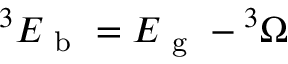
^ 3 E _ { \mathrm { ~ b ~ } } = E _ { \mathrm { ~ g ~ } } - { } ^ { 3 } \Omega